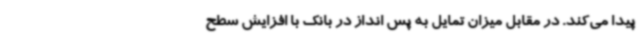
پیدا می‌کند. در مقابل میزان تمایل به پس انداز در بانک با افزایش سطح